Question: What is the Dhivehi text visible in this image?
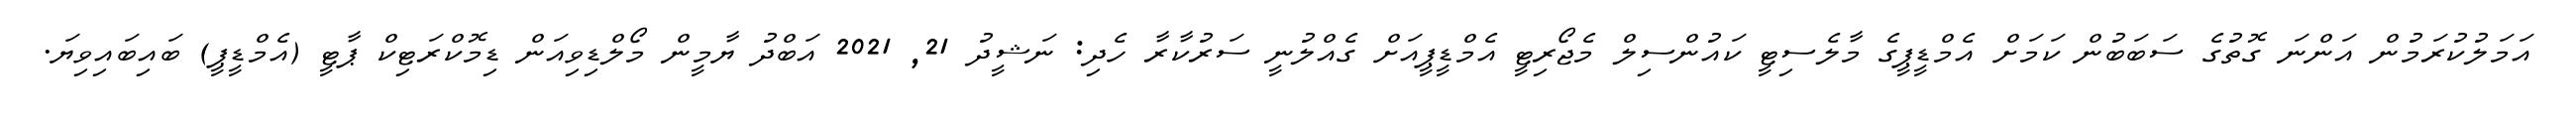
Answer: އަމަލުކުރަމުން އަންނަ ގޮތުގެ ސަބަބުން ކަމަށް އެމްޑީޕީގެ މާލެސިޓީ ކައުންސިލް މެޖޯރިޓީ އެމްޑީޕީއަށް ގެއްލުނީ ސަރުކާރާ ހެދި: ނަޝީދު 21, 2021 އަބްދު ޔާމީން މޯލްޑިވިއަން ޑިމޮކްރަޓިކް ޕާޓީ (އެމްޑީޕީ) ބައިބައިވިޔަ.